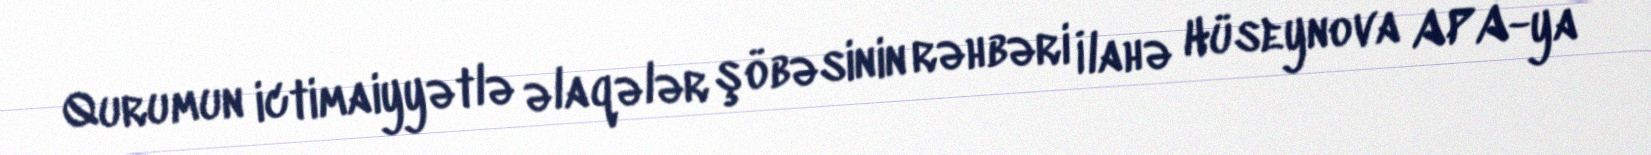
Qurumun ictimaiyyətlə əlaqələr şöbəsinin rəhbəri İlahə Hüseynova APA-ya